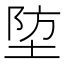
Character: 埅